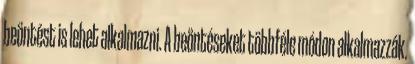
beöntést is lehet alkalmazni. A beöntéseket többféle módon alkalmazzák.